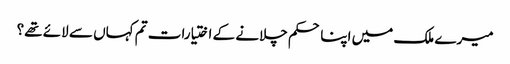
میرے ملک میں اپنا حکم چلانے کے اختیارات تم کہاں سے لائے تھے؟